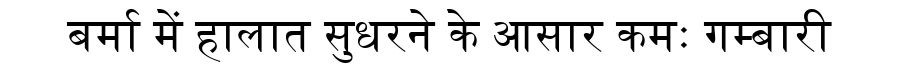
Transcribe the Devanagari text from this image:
बर्मा में हालात सुधरने के आसार कमः गम्बारी